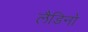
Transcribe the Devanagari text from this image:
लैडिनो